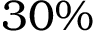
3 0 \%